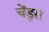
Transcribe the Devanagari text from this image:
चेंडुस